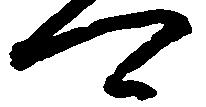
可